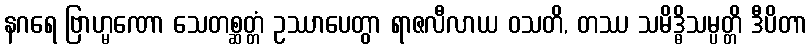
နဂရေ ဗြာဟ္မဏော သေတစ္ဆတ္တံ ဥဿာပေတွာ ရာဇလီလာယ ဝသတိ, တဿ သမိဒ္ဓိသမ္ပတ္တိ ဒီပိတာ